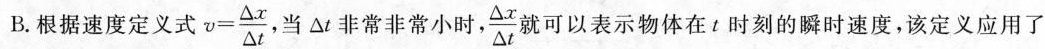
B.根据速度定义式$$v = \frac { △ x } { △ t }$$ ，当△t非常非常小时， $$\frac { △ x } { △ t }$$就可以表示物体在t时刻的瞬时速度，该定义应用了